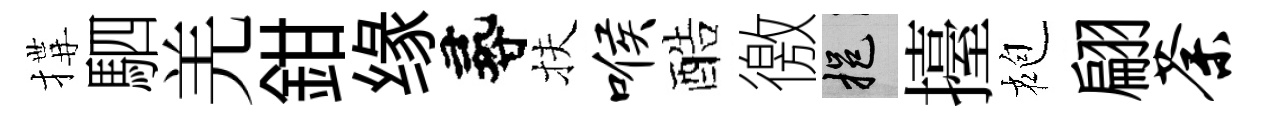
搆駟羌鉗缘尋扶喉酷徼挹擡袍翩荼